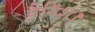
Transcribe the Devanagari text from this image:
डैनिश।